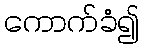
ကောက်ခံ၍